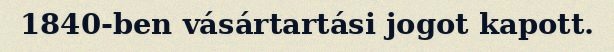
1840-ben vásártartási jogot kapott.